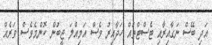
އަދި ބޭސް ނަގާއިރާއި ޓެސްޓްތައް ހަދާއިރު ވެސް އަމިއްލަ ޖީބުން ކޮންމެވެސް ވަރެއް